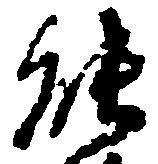
能